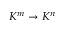
K ^ { m } \to K ^ { n }